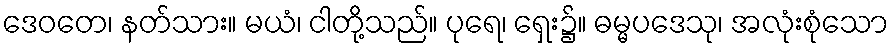
ဒေဝတေ၊ နတ်သား။ မယံ၊ ငါတို့သည်။ ပုရေ၊ ရှေး၌။ ဓမ္မပဒေသု၊ အလုံးစုံသော